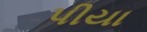
પીયા